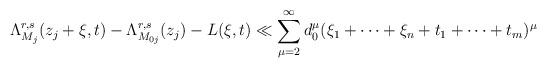
LaTeX: \begin{align*}\Lambda_{M_j}^{r,s}(z_j+\xi,t)-\Lambda_{M_{0j}}^{r,s}(z_j)-L(\xi,t)\ll \sum_{\mu=2}^{\infty} d_0^\mu(\xi_1+\cdots+\xi_n+t_1+\cdots +t_m)^\mu\,\,\,\,\,\end{align*}